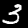
Label: 3